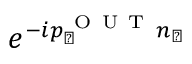
e ^ { - i p _ { \perp } ^ { \mathrm { ~ O ~ U ~ T ~ } } n _ { \perp } }